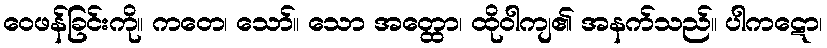
ဝေဖန်ခြင်းကို။ ကတေ၊ သော်။ သော အတ္ထော၊ ထိုဝါကျ၏ အနက်သည်။ ပါကဋော၊